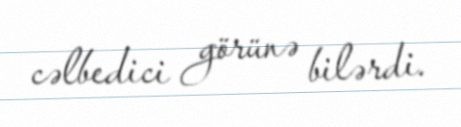
cəlbedici görünə bilərdi.